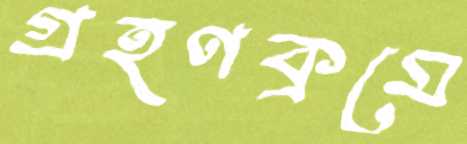
গ্রহণক্রমে